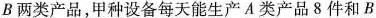
B两类产品，甲种设备每天能生产A类产品8件和B